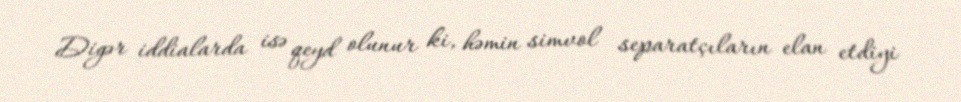
Digər iddialarda isə qeyd olunur ki, həmin simvol separatçıların elan etdiyi